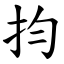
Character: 抣